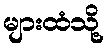
များထံသို့